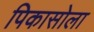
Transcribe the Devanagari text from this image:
पिकासोला